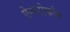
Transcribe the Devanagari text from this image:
ऐन्ग्लोफोन